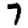
Digit: 7